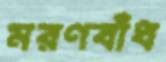
মরণবাঁধ